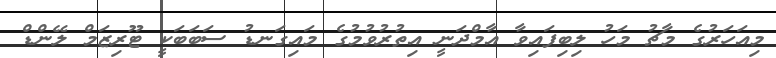
މިއަހަރުގެ މާޗު މަހު ލިބިފައިވާ އާމްދަނީ އިތުރުވުމުގެ މައިގަނޑު ސަބަބަކީ ޓޫރިޒަމް ލޭންޑް